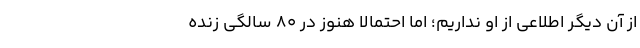
از آن دیگر اطلاعی از او نداریم؛ اما احتمالا هنوز در ۸۰ سالگی زنده